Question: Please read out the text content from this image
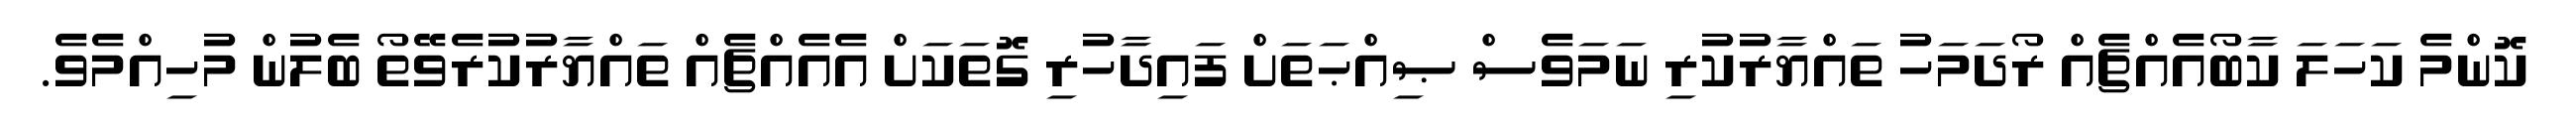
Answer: ކޮންމެ ކަހަލަ ކާބޯއެއްޗެއް ރޯދަމަހު ތައްޔާރުކުރި ނަމަވެސް ޞިއްޙަތަށް ފައިދާހުރި ގޮތަކަށް އެއެއްޗެއް ތައްޔާރުކުރެވޭތޯ ބެލުން މުހިއްމެވެ.